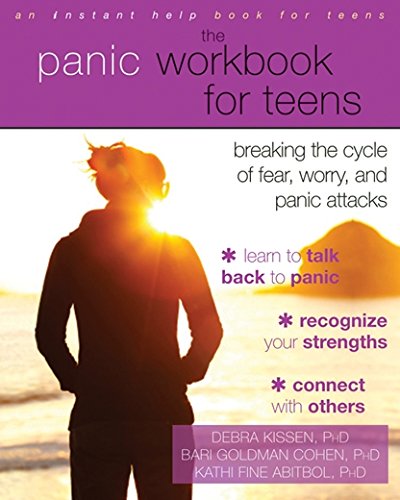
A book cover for The Panic Workbook for Teens: Breaking the Cycle of Fear, Worry, and Panic Attacks; Debra Kissen PhD  MHSA; Teen & Young Adult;